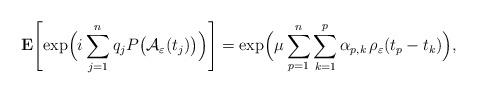
LaTeX: \begin{align*}{\bf E}\Biggl[\exp\Bigl(i\sum_{j=1}^n q_j P\bigl(\mathcal{A}_{\varepsilon}(t_j)\bigr)\Bigr)\Biggr] = \exp\Bigl(\mu\sum_{p=1}^n\sum_{k=1}^p \alpha_{p,k} \,\rho_{\varepsilon}(t_p-t_k)\Bigr),\end{align*}